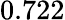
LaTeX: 0.722